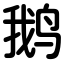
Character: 鹅